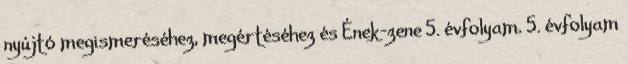
nyújtó megismeréséhez, megértéséhez és Ének-zene 5. évfolyam. 5. évfolyam